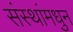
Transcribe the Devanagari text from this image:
संस्थांमधुन